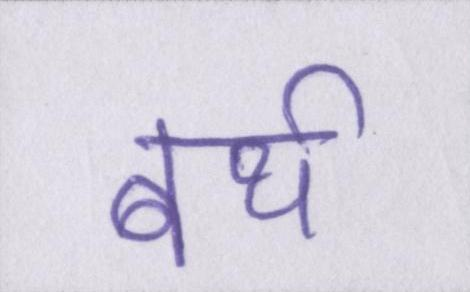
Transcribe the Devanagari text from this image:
बर्थ